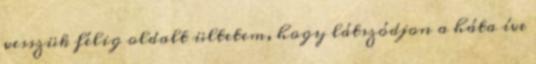
vesszük félig oldalt ültetem, hogy látszódjon a háta íve